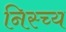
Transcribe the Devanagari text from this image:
निस्च्य